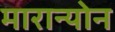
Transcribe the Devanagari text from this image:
मारान्योन